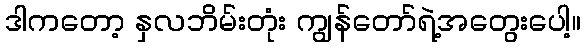
ဒါကတော့ နှလဘိမ်းတုံး ကျွန်တော်ရဲ့အတွေးပေါ့။